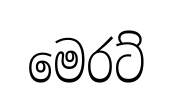
මෙරට්